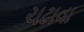
ચઢાવા